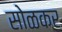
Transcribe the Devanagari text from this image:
सोळकर